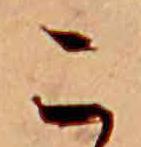
こ